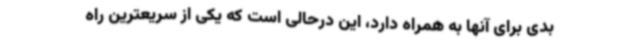
بدی برای آنها به همراه دارد، این درحالی است که یکی از سریعترین راه